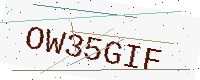
Text: OW35GIF